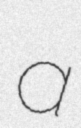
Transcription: a